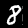
Digit: 8